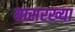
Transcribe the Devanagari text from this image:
यासरख्या